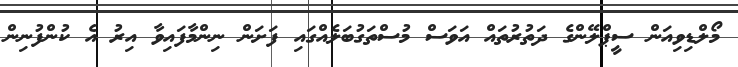
މޯލްޑިވިއަން ސީޕްލޭންގެ ދަތުރުތައް އަވަސް މުސްތަގުބަލެއްގައި ފަށަން ނިންމާފައިވާ އިރު އެ ކުންފުނިން